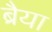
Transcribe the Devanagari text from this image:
ब्रैया